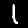
Label: 1